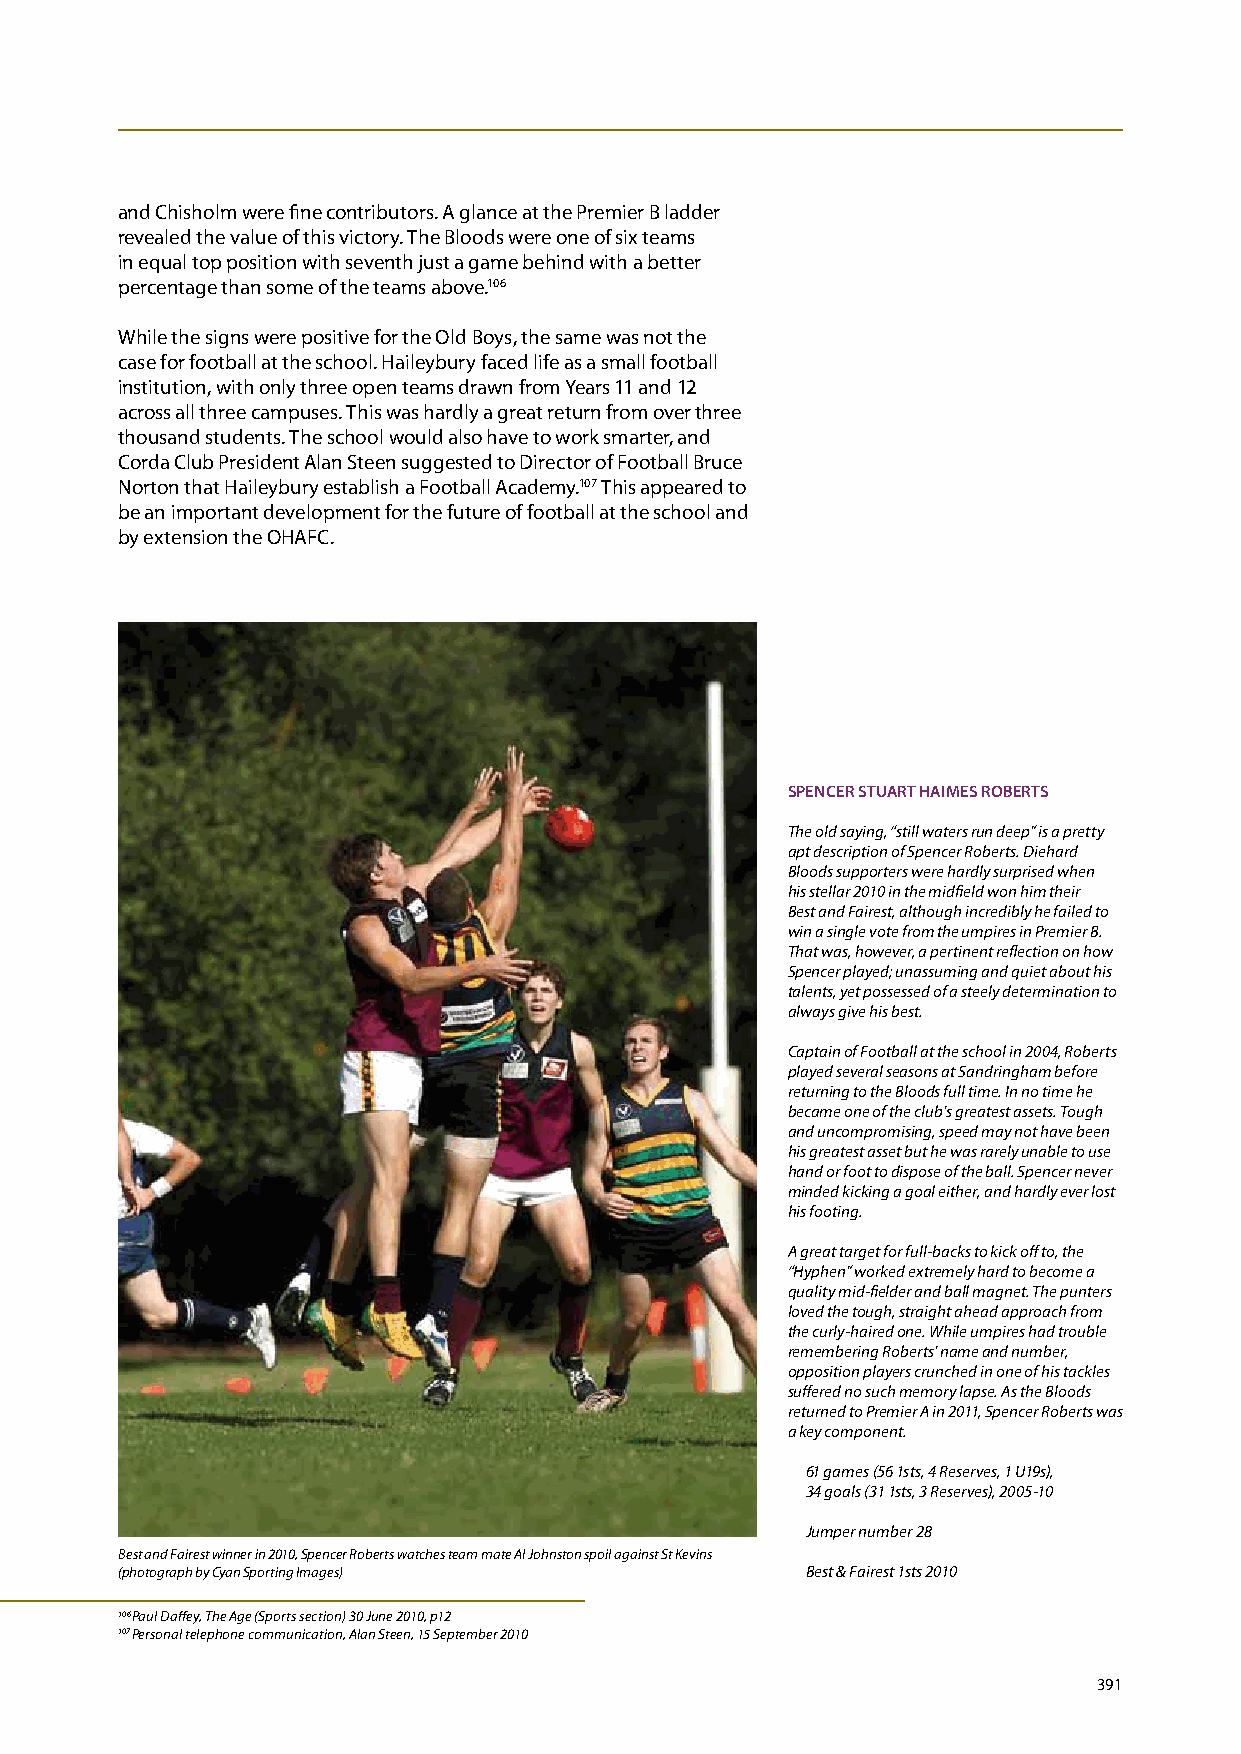
and Chisholm were fine contributors. A glance at the Premier B ladder
 revealed the value of this victory. The Bloods were one of six teams
 in equal top position with seventh just a game behind with a better
 percentage than some of the teams above.106
 While the signs were positive for the Old Boys, the same was not the
 case for football at the school. Haileybury faced life as a small football
 institution, with only three open teams drawn from Years 11 and 12
 across all three campuses. This was hardly a great return from over three
 thousand students. The school would also have to work smarter, and
 Corda Club President Alan Steen suggested to Director of Football Bruce
 Norton that Haileybury establish a Football Academy.107 This appeared to
 be an important development for the future of football at the school and
 by extension the OHAFC.
 SPENCER STuART HAImES RObERTS
 The old saying, “still waters run deep” is a pretty
 apt description of Spencer Roberts. Diehard
 Bloods supporters were hardly surprised when
 his stellar 2010 in the midfield won him their
 Best and Fairest, although incredibly he failed to
 win a single vote from the umpires in Premier B.
 That was, however, a pertinent reflection on how
 Spencer played; unassuming and quiet about his
 talents, yet possessed of a steely determination to
 always give his best.
 Captain of Football at the school in 2004, Roberts
 played several seasons at Sandringham before
 returning to the Bloods full time. In no time he
 became one of the club’s greatest assets. Tough
 and uncompromising, speed may not have been
 his greatest asset but he was rarely unable to use
 hand or foot to dispose of the ball. Spencer never
 minded kicking a goal either, and hardly ever lost
 his footing.
 A great target for full-backs to kick off to, the
 “Hyphen” worked extremely hard to become a
 quality mid-fielder and ball magnet. The punters
 loved the tough, straight ahead approach from
 the curly-haired one. While umpires had trouble
 remembering Roberts’ name and number,
 opposition players crunched in one of his tackles
 suffered no such memory lapse. As the Bloods
 returned to Premier A in 2011, Spencer Roberts was
 a key component.
 61 games (56 1sts, 4 Reserves, 1 U19s),
 34 goals (31 1sts, 3 Reserves), 2005-10
 Jumper number 28
 Best and Fairest winner in 2010, Spencer Roberts watches team mate Al Johnston spoil against St Kevins
 (photograph by Cyan Sporting Images)         Best & Fairest 1sts 2010
 106 Paul Daffey, The Age (Sports section) 30 June 2010, p12
 107 Personal telephone communication, Alan Steen, 15 September 2010
 391